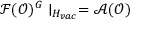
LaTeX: \mathcal { F } ( \mathcal { O } ) ^ { G } \mid _ { H _ { v a c } } = \mathcal { A ( O ) }